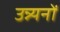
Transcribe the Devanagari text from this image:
उन्न्यनों